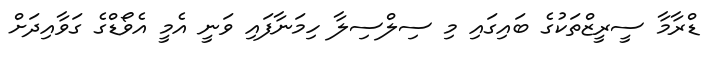
ޑްރާމާ ސީރީޒްތަކުގެ ބައިގައި މި ސިލްސިލާ ހިމަނާފައި ވަނީ އެމީ އެވޯޑްގެ ގަވާއިދަށް